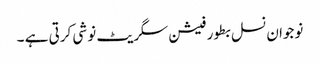
نوجوان نسل بطور فیشن سگریٹ نوشی کرتی ہے ۔